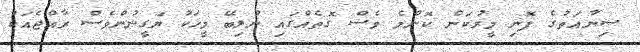
ސިނާއަތުގެ ފޮނި މީރުކަން ކޮންމެ ވެސް ގޮތެއްގައި ނުލިބޭ މީހަކު ޔަގީނުންވެސް ރާއްޖެއަކު